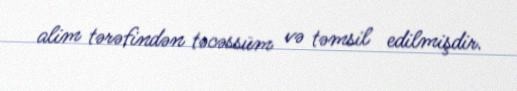
alim tərəfindən təcəssüm və təmsil edilmişdir.